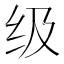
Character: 级